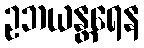
ဥဘယန္တရေန